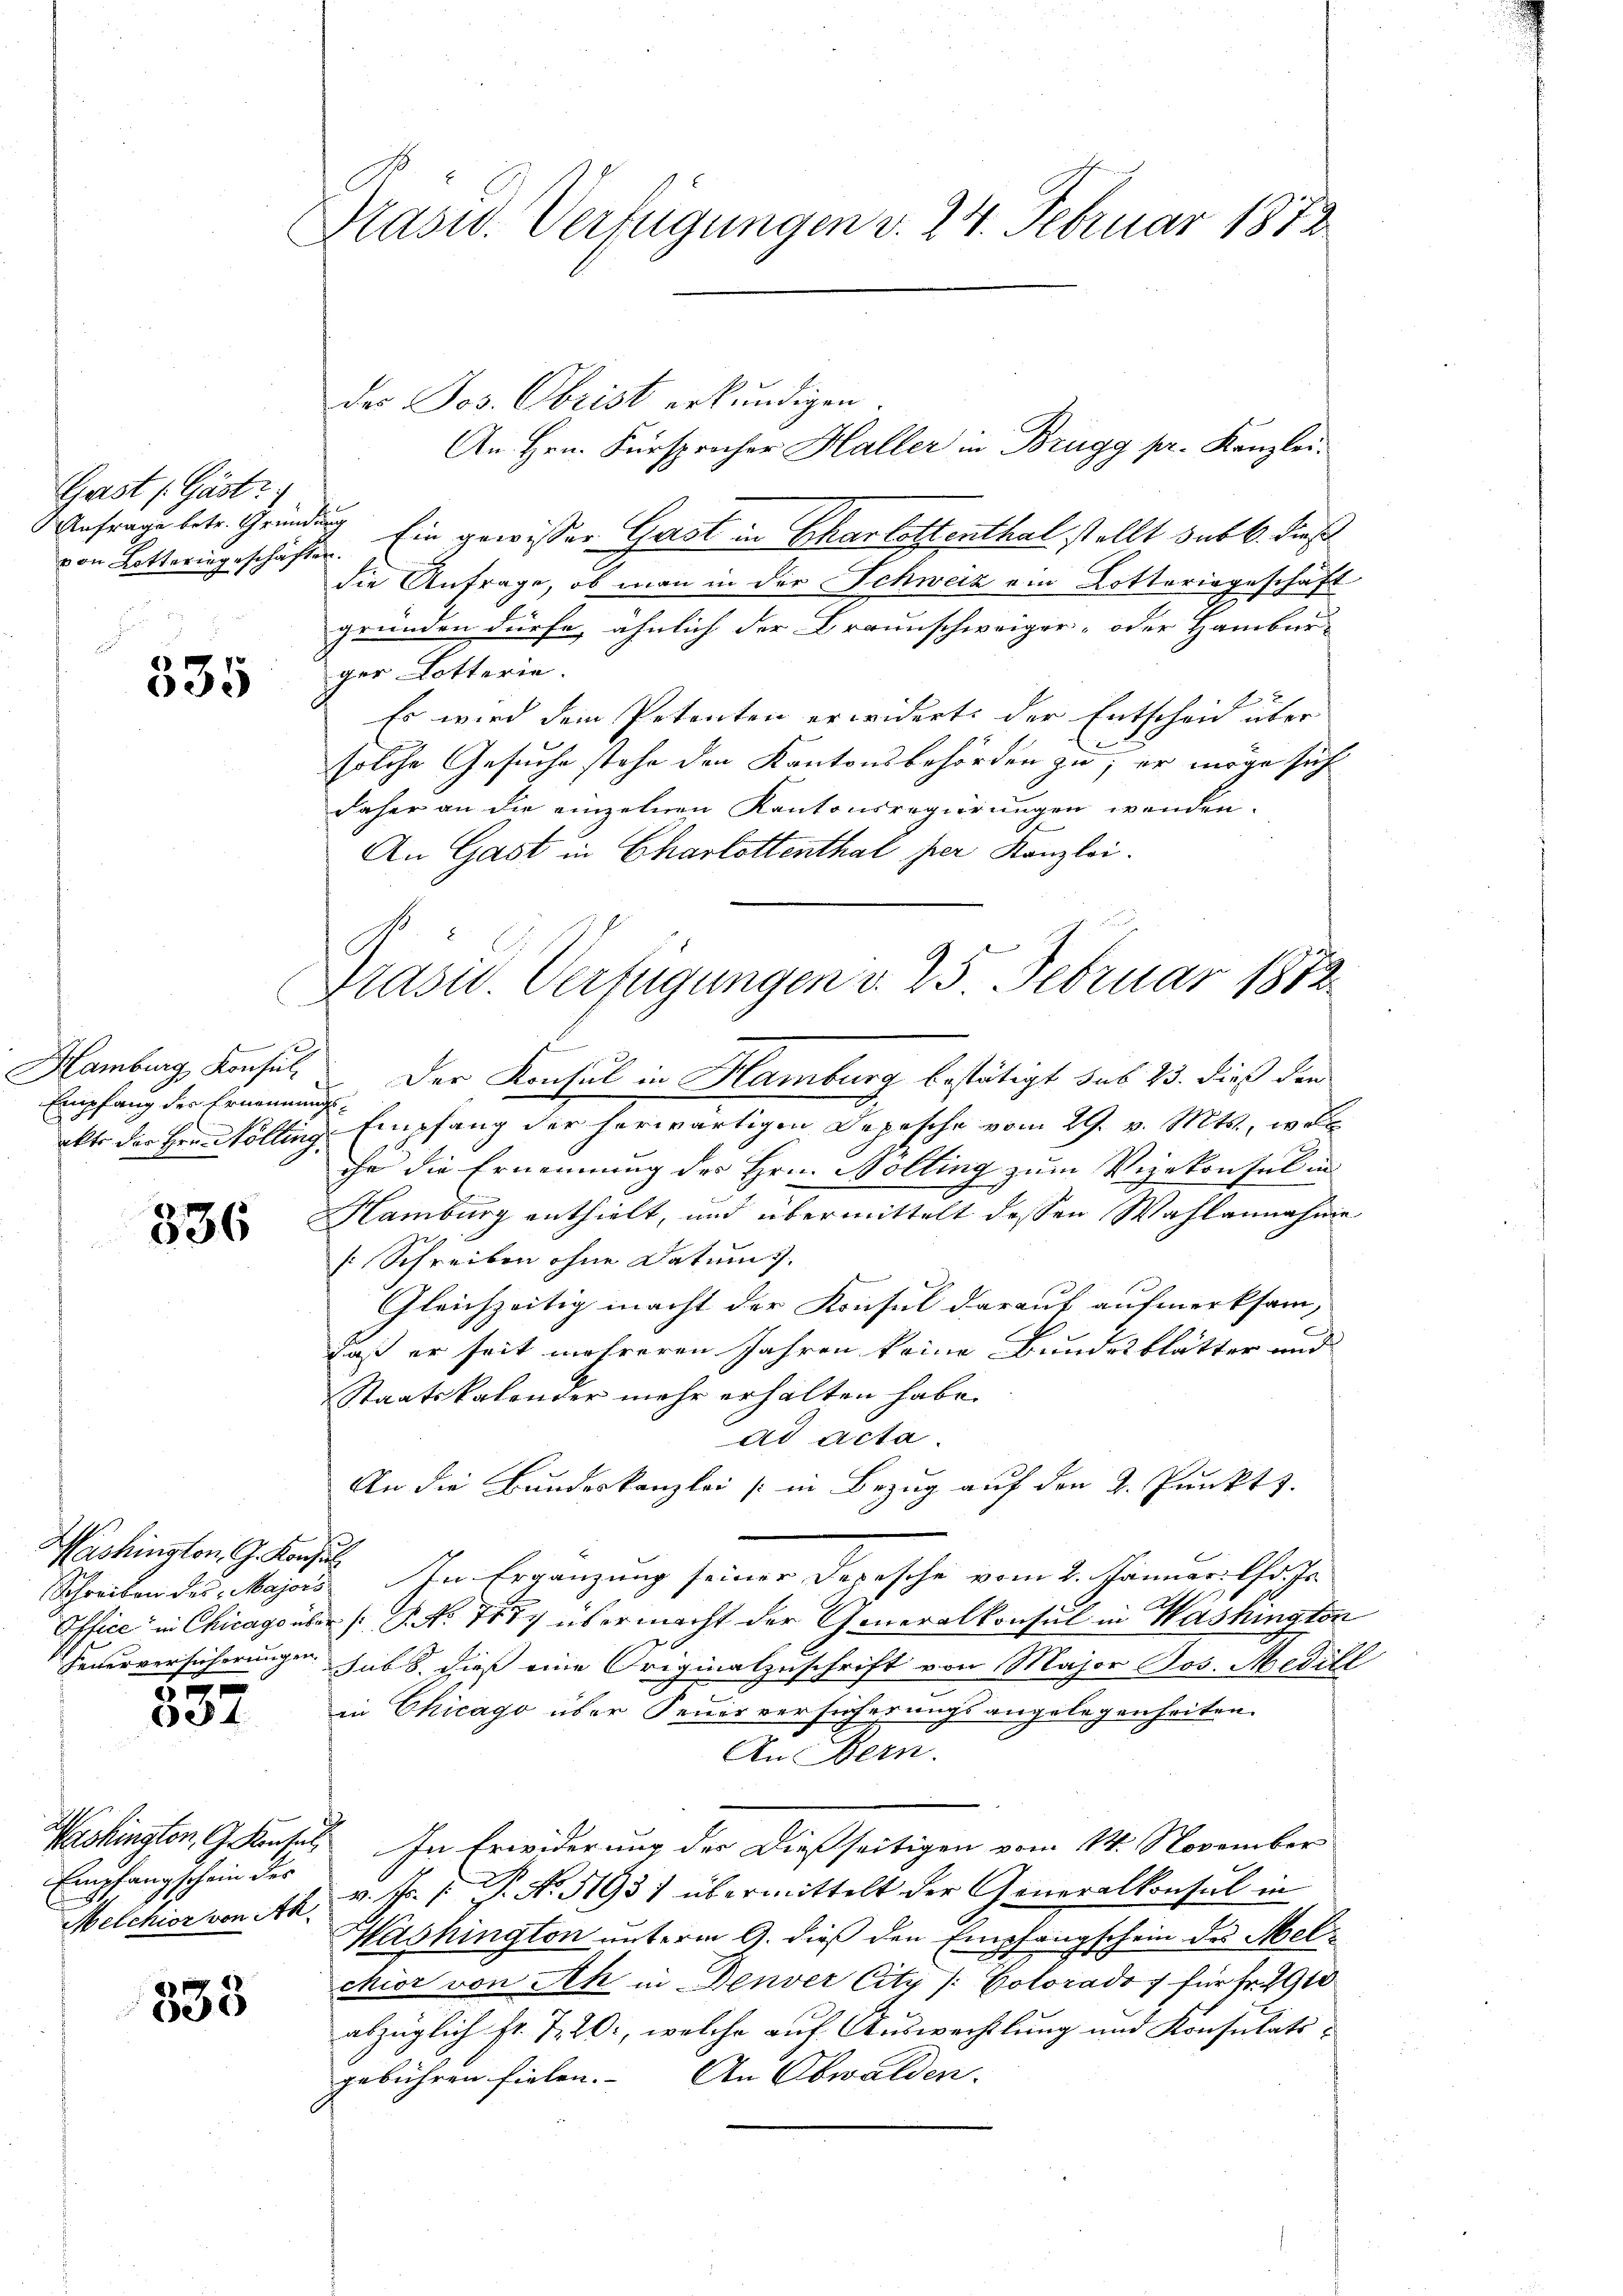
Grast (Gastr
von Lotteringeschäften.

2
00

Empfang der Ernennungs¬

336

Washington G. Konsul
840

8t.

Empfangschein des

335

Präsid. Verfügungen v. 24. Februar 1872

E

des Jos. Obrist erkundigen.
An Hrn. Fürsprocher Haller in Brugg pr. Kanzlei.
nfrage betr. Gründung Ein gewisser Gast in Charlottenthal stellt sub 6. dieß
die Anfrage, ob man in der Schweiz ein Lotteringeschäft
gründen dürfe, ähnlich der Braunschweiger- oder Hamburger Lotterie.
Es wird dem Petenten erwidert der Entscheid über
solche Gesuche stehe den Kantonsbehörden zu, er möge sich
daher an die einzelnen Kantonsregierungen wenden.
An Gast in Charlottenthal per Kanzlei.
Hamburg, Konsul der Konsul in Hamburg bestätigt sub 23. dieß den
akte der Herr Wolling Empfang der herwärtigen Depesche vom 29. v. Mts., woll
ihr die Ernennung des Hrn. Bolling zum Vizekonsul in
Mamburg enthielt, und übermittelt dessen Wahlannahme
[Schreiben ohne Datums.
Gleichzeitig macht der Konsul darauf aufmerksam,
c
daß er seit mehreren Jahren keine Bundesblätter und
Staatskalonder mehr erhalten habe.
ad Acta.
An die Bundeskanzlei (in Bezug auf den 2. Punkts.
Schreiben des Majors. In Ergänzung seiner Depesche vom 2. Januar l. Js.
Office in Chicagsüber /: P. No. 7877 übermacht der Generalkonsul in Washington
Feuerversicherungen sub b. dieß eine Originalzuschrift von Major Jos. Mediti
in Chicago über Feuerversicherungsangelegenheiten.
An Bern.
Washingten, Gesel In Erwiderung der dießseitigen vom 14. November
Melchior von 4 u. fr. 1. P. No. 5193) übermittelt der Generalkonsul in
Washington unterm 9. dieß den Empfangschein des Melchior von Ah in Denver Citz /: Colorado für Fr. 1910
abzüglich fr. 7. 20., welche auf Auswechslung und Konsulatigebühren fielen. An Obwalden.

Präsid. Verfügungen d. 25. Februar 1872.